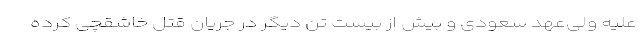
علیه ولی‌عهد سعودی و بیش از بیست تن دیگر در جریان قتل خاشقچی کرده